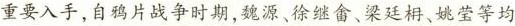
重要入手，自鸦片战争时期，魏源、徐继畲、梁廷相、姚莹等均